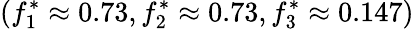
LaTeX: (f_{1}^{*}\approx 0.73,f_{2}^{*}\approx 0.73,f_{3}^{*}\approx 0.147)